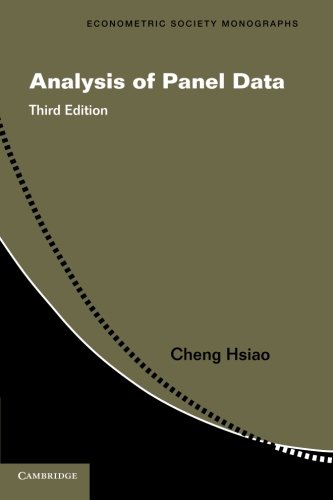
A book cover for Analysis of Panel Data (Econometric Society Monographs); Cheng Hsiao; Business & Money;